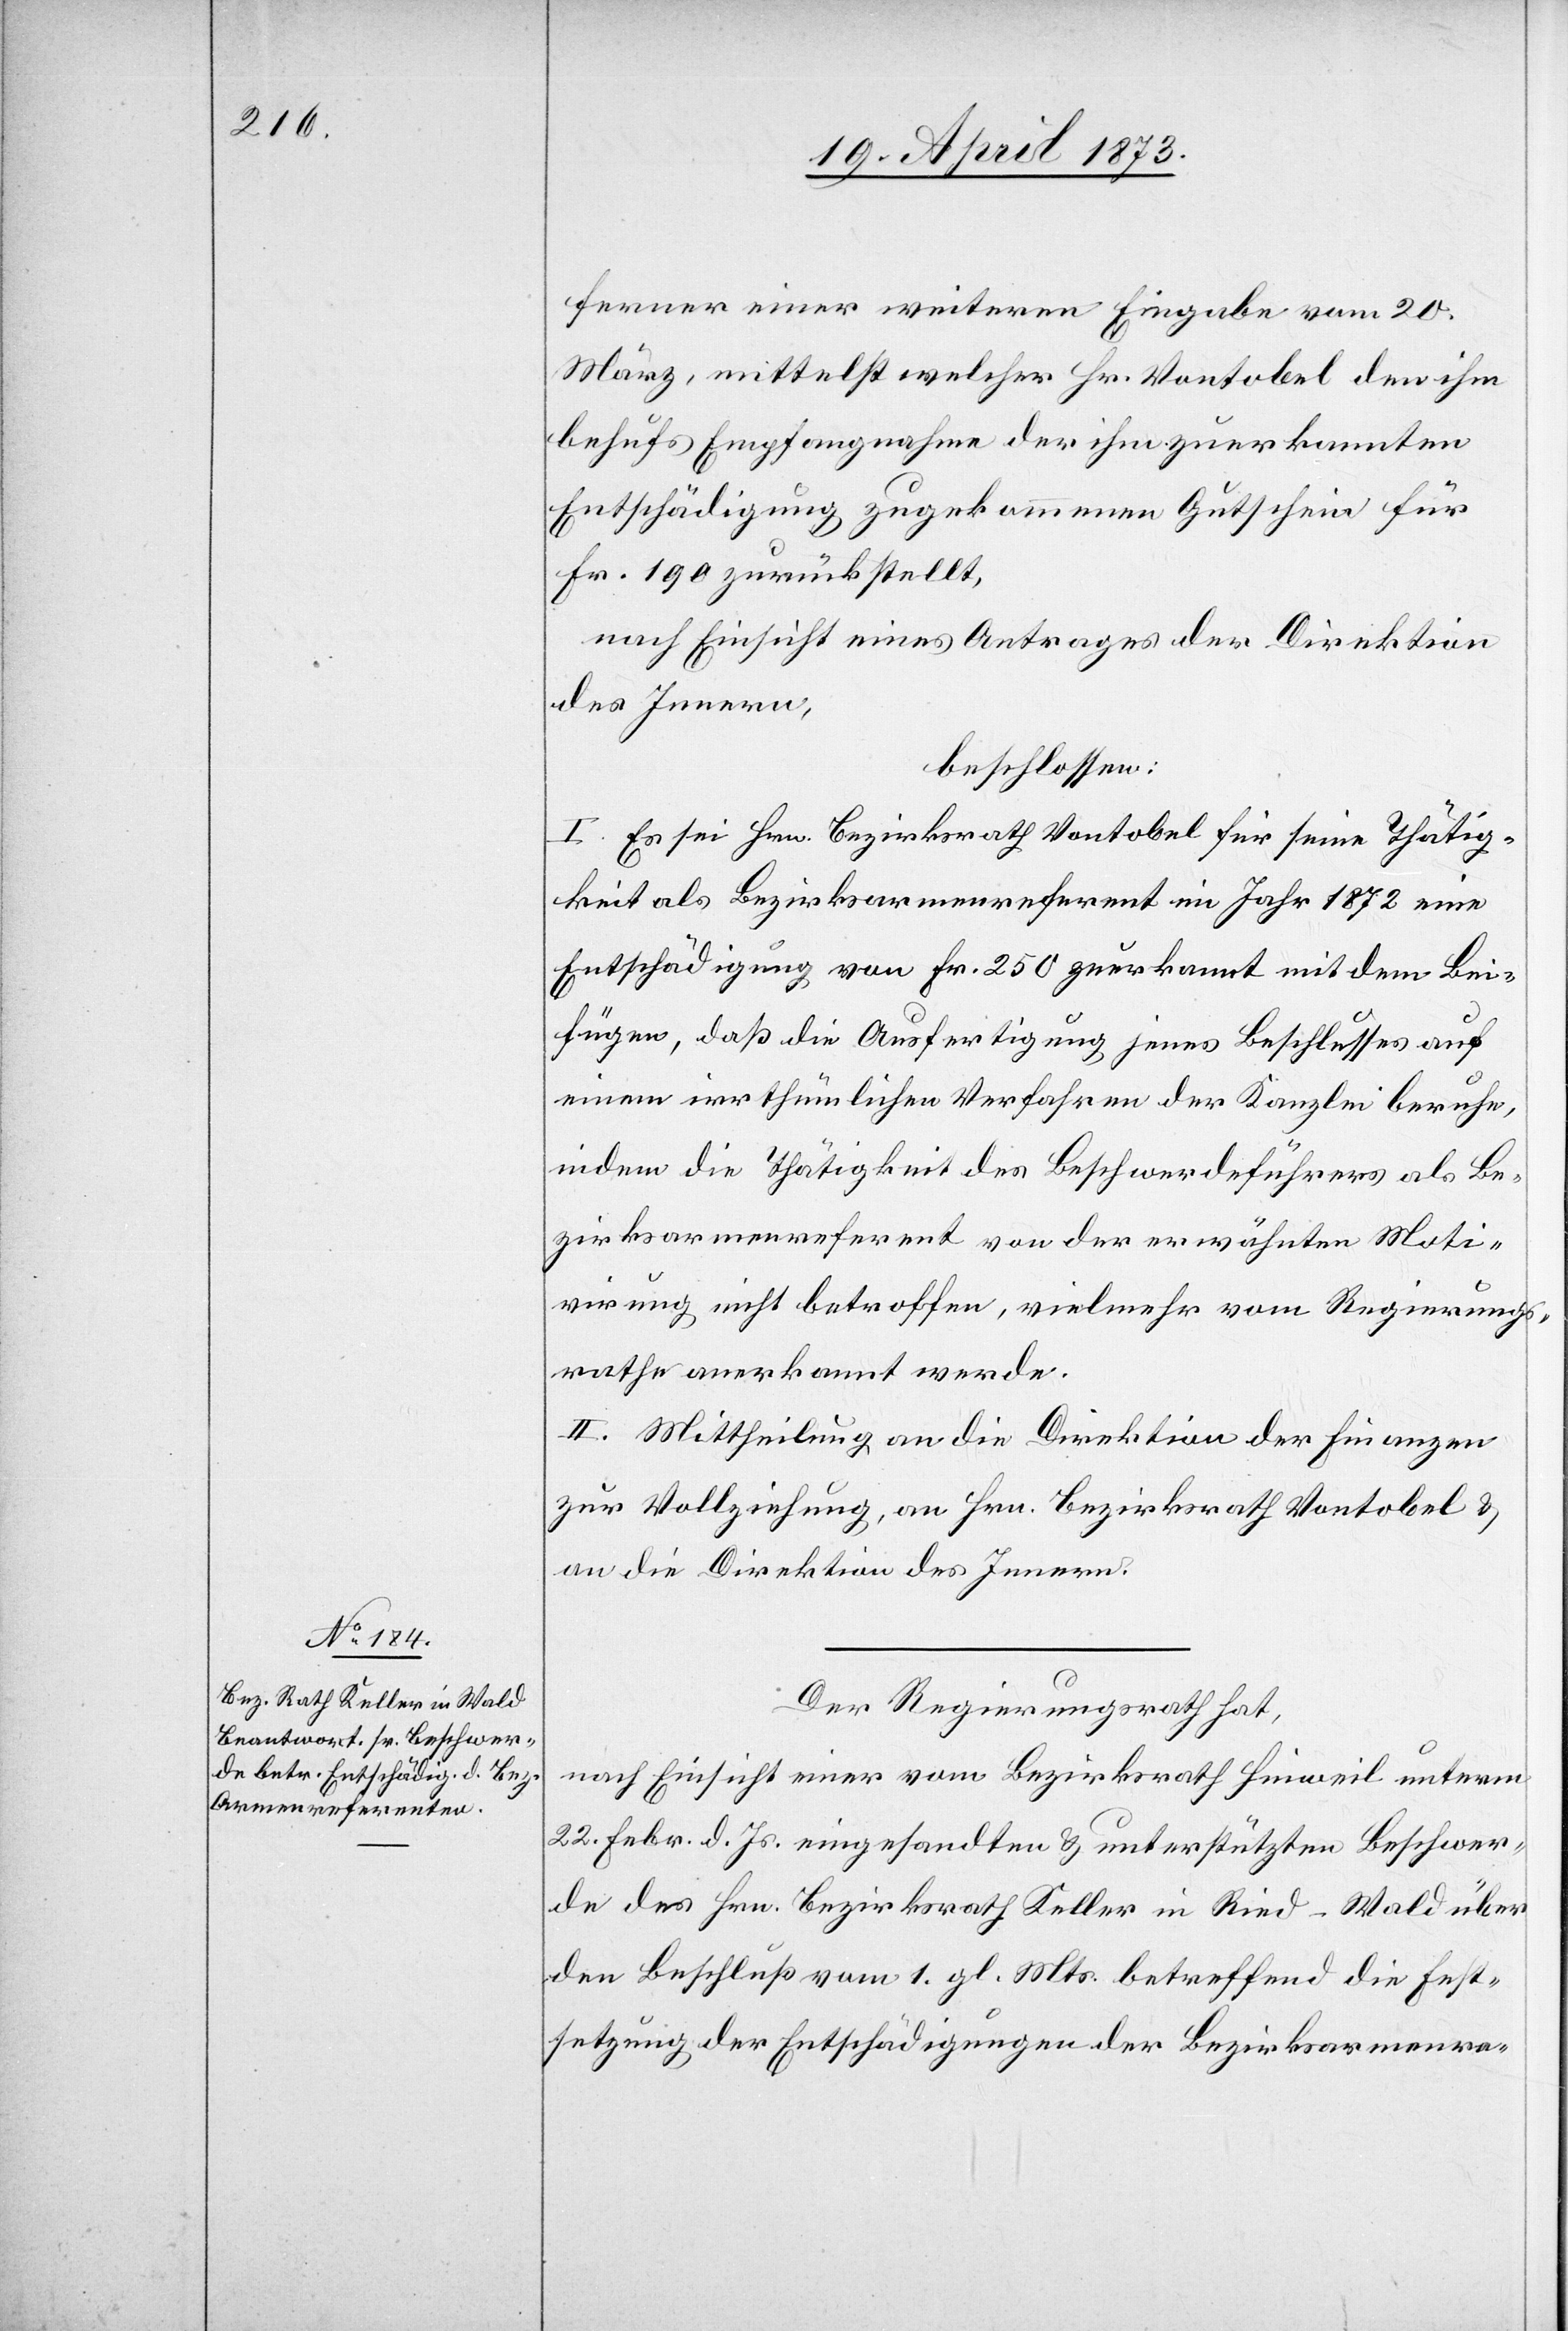
ferner einer weiteren Eingabe vom 20.
März, mittelst welcher Hr. Vontobel den ihm
behufs Empfangnahme der ihm zuerkannten
Entschädigung zugekommenen Gutschein für
Fr. 190 zurückstellt,
nach Einsicht eines Antrages der Direktion
des Innern,
beschlossen:
I. Es sei Hrn. Bezirksrath Vontobel für seine Thätig¬
keit als Bezirksarmenreferent im Jahr 1872 eine
Entschädigung von Fr. 250 zuerkannt mit dem Bei¬
fügen, daß die Ausfertigung jenes Beschlusses auf
einem irrthümlichen Verfahren der Kanzlei beruhe,
indem die Thätigkeit des Beschwerdeführers als Be¬
zirksarmenreferent von der erwähnten Moti¬
virung nicht betroffen, vielmehr vom Regierungs¬
rathe anerkannt werde.
II. Mittheilung an die Direktion der Finanzen
zur Vollziehung, an Hrn. Bezirksrath Vontobel &
an die Direktion des Innern.
Der Regierungsrath hat,
nach Einsicht einer vom Bezirksrath Hinweil unterm
22. Febr. d. Js. eingesandten & unterstützten Beschwer¬
de des Hrn. Bezirksrath Keller in Ried-Wald über
den Beschluß vom 1. gl. Mts. betreffend die Fest¬
setzung der Entschädigungen der Bezirksarmenre-